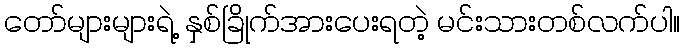
တော်များများရဲ့ နှစ်ခြိုက်အားပေးရတဲ့ မင်းသားတစ်လက်ပါ။